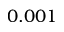
0 . 0 0 1